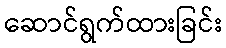
ဆောင်ရွက်ထားခြင်း